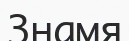
Знамя